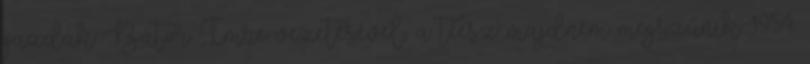
gazdák Bátor Imre vezetésével, a téesz majdnem megszűnik. 1954.